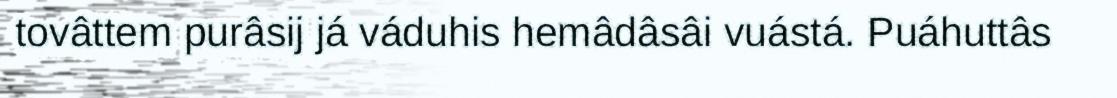
tovâttem purâsij já váduhis hemâdâsâi vuástá. Puáhuttâs